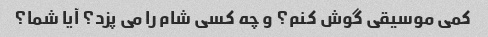
کمی موسیقی گوش کنم؟ و چه کسی شام را می پزد؟ آیا شما؟